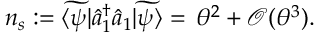
\begin{array} { r } { { n } _ { s } : = \widetilde { \langle \psi | } \hat { a } _ { 1 } ^ { \dag } \hat { a } _ { 1 } \widetilde { | \psi \rangle } = \, \theta ^ { 2 } + \mathcal { O } ( \theta ^ { 3 } ) . } \end{array}